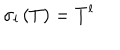
LaTeX: \sigma _ { l } \left( T \right) = T ^ { l }